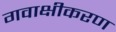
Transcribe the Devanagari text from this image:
गवाक्षीकरण